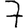
Digit: 7